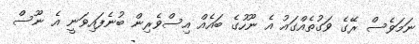
ނަމަވެސް ރޭގެ ވަގުތެއްގައު އެ ނޫހުގެ ބައެއް އިސްވެރިން ބުނެފައިވަނީ އެ ނޫސް